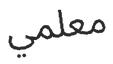
معلمي